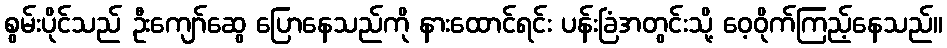
စွမ်းပိုင်သည် ဦးကျော်ဆွေ ပြောနေသည်ကို နားထောင်ရင်း ပန်းခြံအတွင်းသို့ ဝေ့ဝိုက်ကြည့်နေသည်။